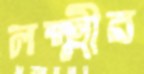
লক্ষ্মীর